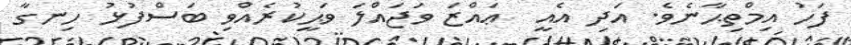
ފަހު އިމްތިޙާނެވެ. އަދި އެއީ  ޢައްޒަ ވަޖައްލަ ވަޙީކުރެއްވި ބަސްފުޅު ހިނގާ